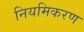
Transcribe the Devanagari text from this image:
नियमिकरण